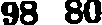
98 80